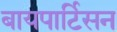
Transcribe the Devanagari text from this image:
बायपार्टिसन